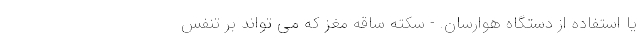
یا استفاده از دستگاه هوارسان. - سکته ساقه مغز که می تواند بر تنفس